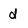
Character: d